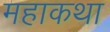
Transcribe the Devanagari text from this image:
महाकथा